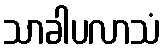
သာခါပလာသံ